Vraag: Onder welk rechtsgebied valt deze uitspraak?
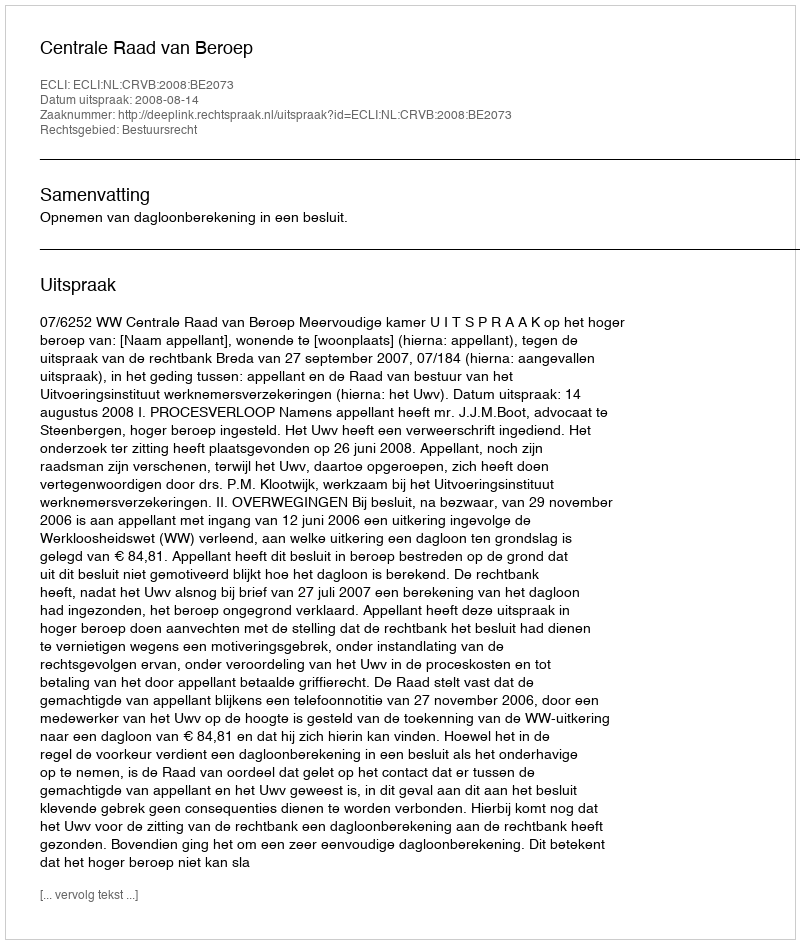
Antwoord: Bestuursrecht